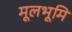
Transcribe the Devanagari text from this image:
मूलभूमि